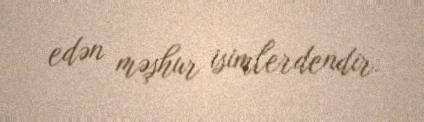
edən məşhur isimlerdendir.